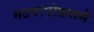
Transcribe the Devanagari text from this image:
मठपरंपरेप्रमाणे